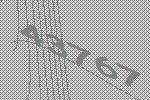
43767